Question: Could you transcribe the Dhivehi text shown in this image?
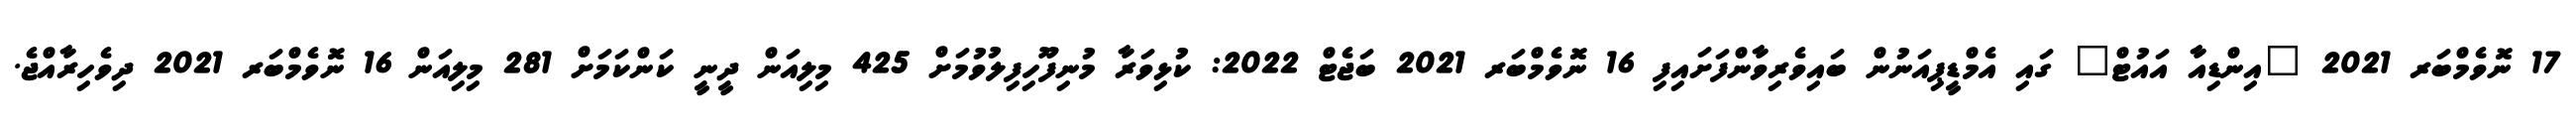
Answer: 17 ނޮވެމްބަރ 2021 "އިންޑިއާ އައުޓް" ގައި އެމްޑީޕިއަނުން ބައިވެރިވާންފަށައިފި 16 ނޮވެމްބަރ 2021 ބަޖެޓް 2022: ކުޅިވަރާ މުނިފޫހިފިލުވުމަށް 425 މިލިއަން ދީނީ ކަންކަމަށް 281 މިލިއަން 16 ނޮވެމްބަރ 2021 ދިވެހިރާއްޖެ.